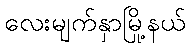
လေးမျက်နှာမြို့နယ်